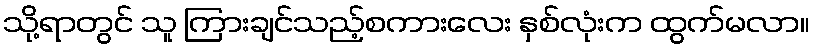
သို့ရာတွင် သူ ကြားချင်သည့်စကားလေး နှစ်လုံးက ထွက်မလာ။